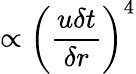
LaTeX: \propto{\left(\frac{u\delta t}{\delta r}\right)}^{4}